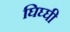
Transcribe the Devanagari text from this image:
घिघ्घी